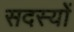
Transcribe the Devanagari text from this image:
सदस्याें